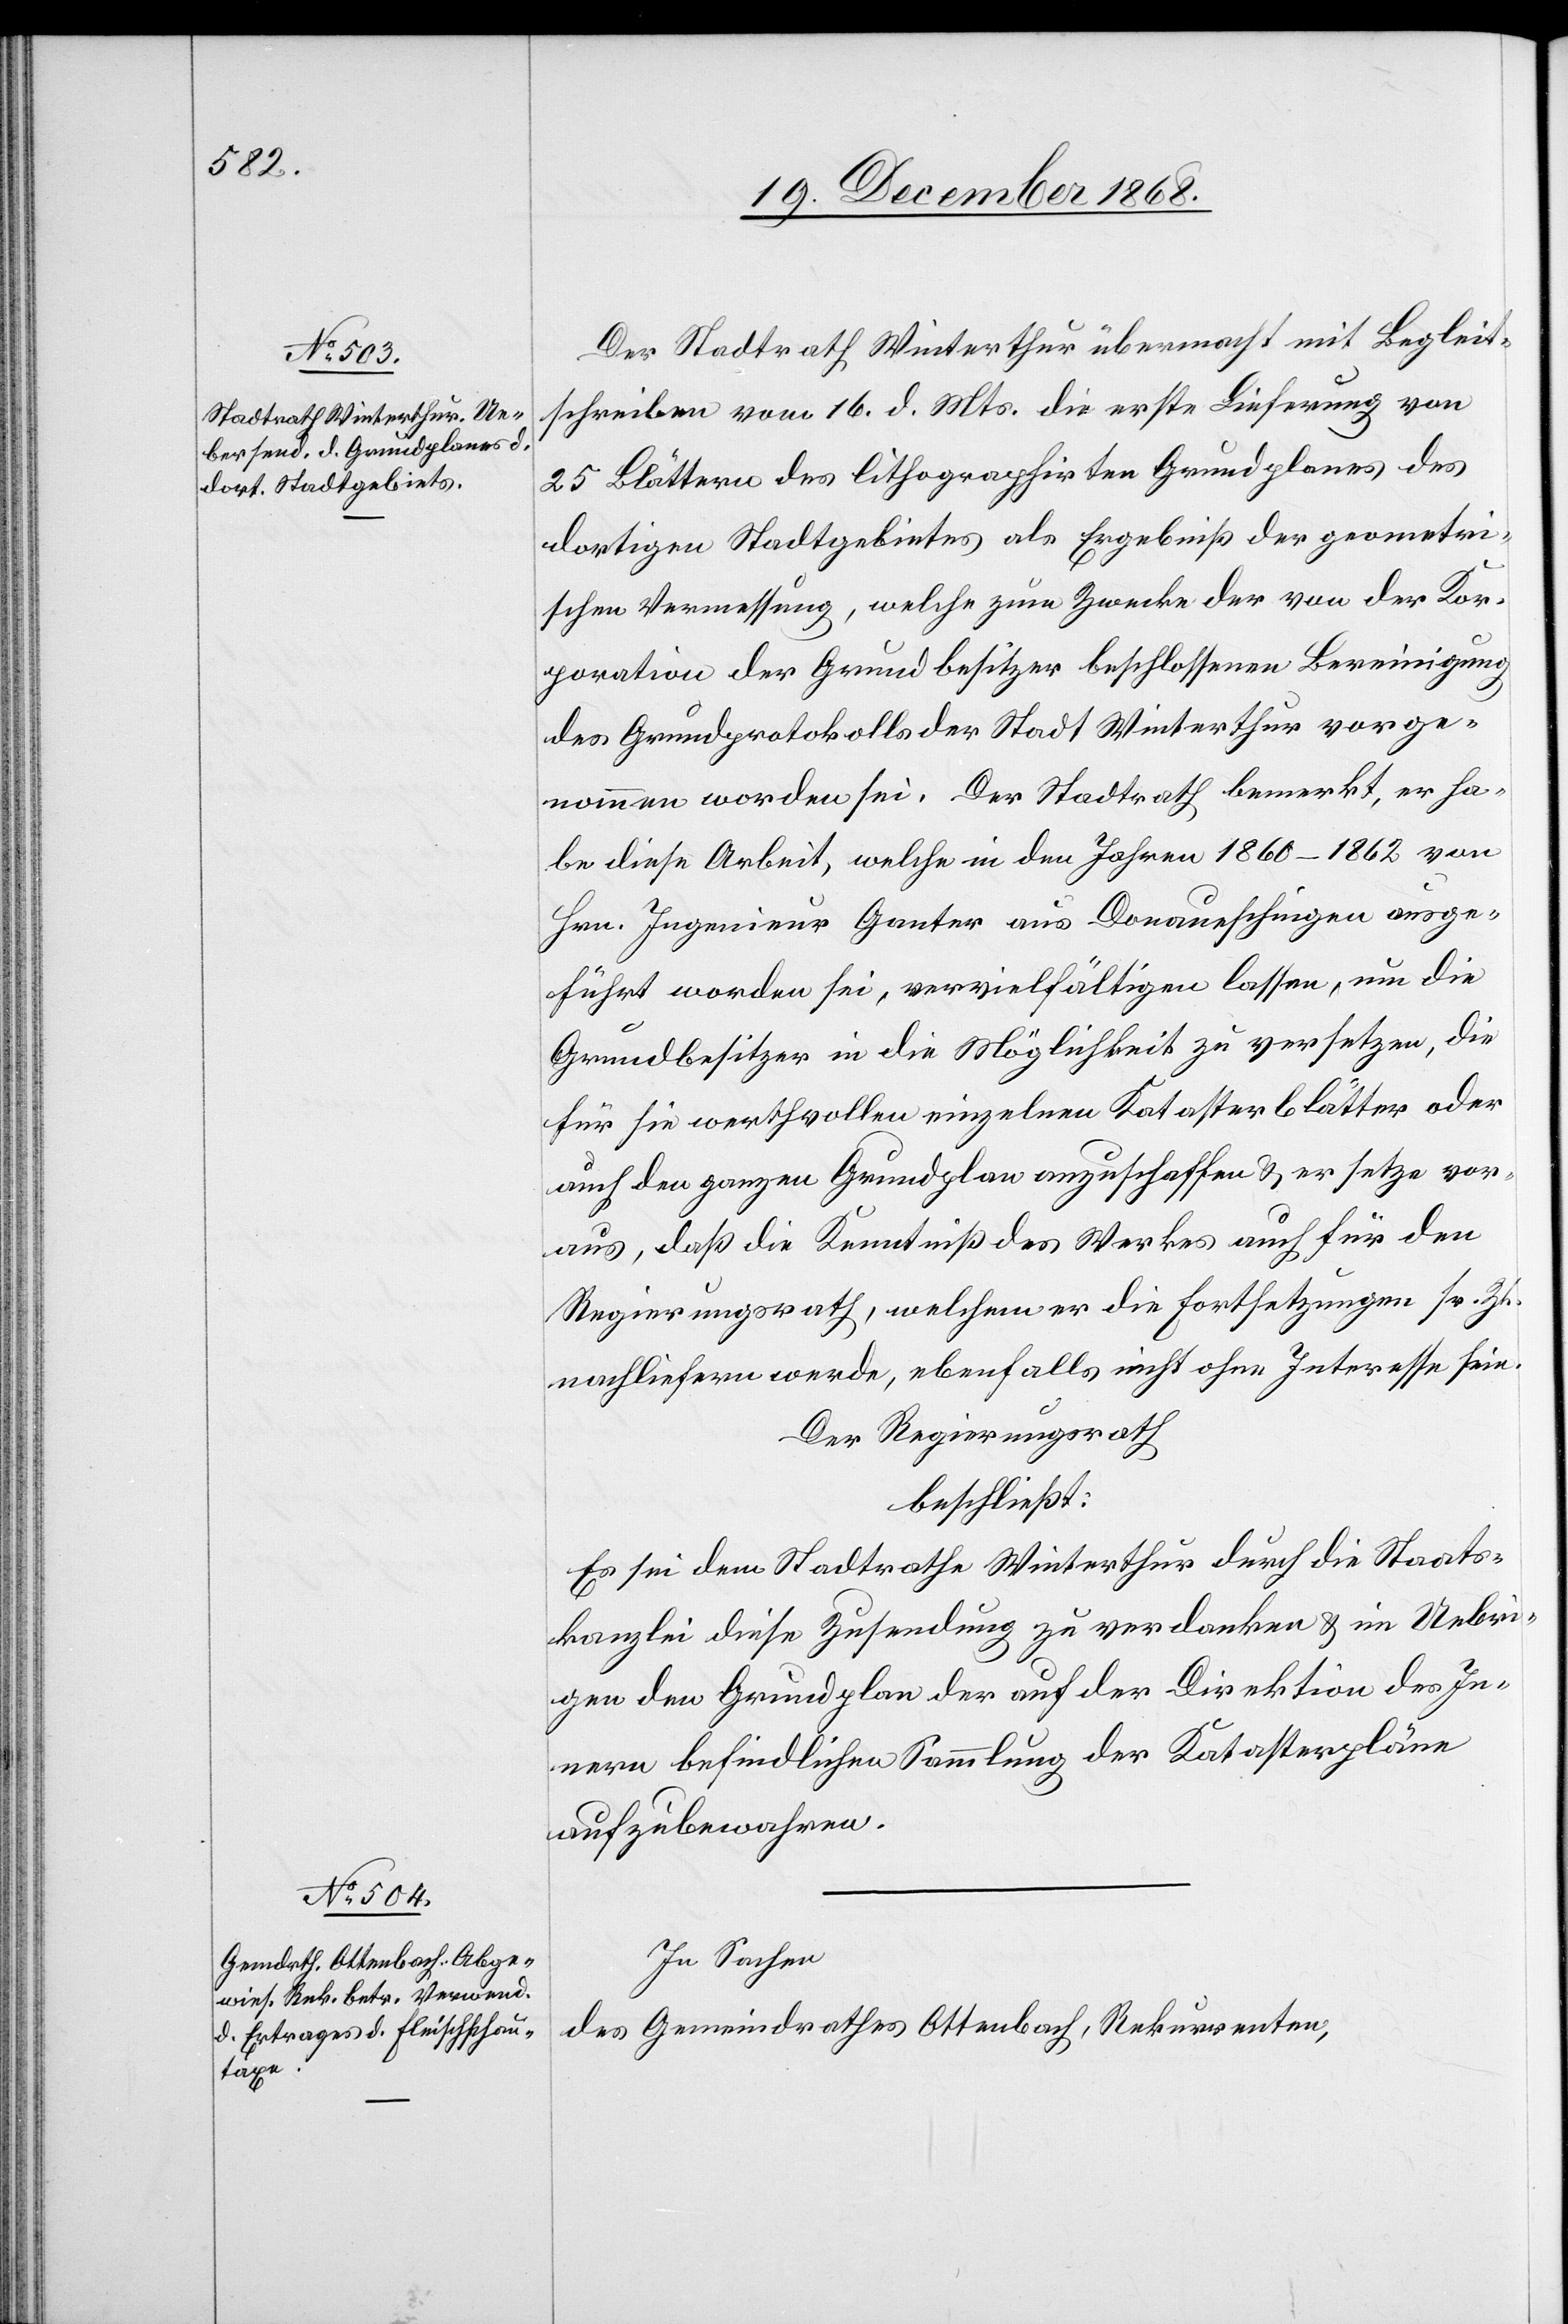
Der Stadtrath Winterthur übermacht mit Begleit¬
schreiben vom 16. d. Mts. die erste Lieferung von
25 Blättern des lithographirten Grundplanes des
dortigen Stadtgebietes als Ergebniß der geometri¬
schen Vermessung, welche zum Zwecke der von der Kor¬
poration der Grundbesitzer beschlossenen Bereinigung
des Grundprotokolls der Stadt Winterthur vorge¬
nommen worden sei. Der Stadtrath bemerkt, er ha¬
be diese Arbeit, welche in den Jahren 1860–1862 von
Hrn. Ingenieur Ganter aus Donaueschingen ausge¬
führt worden sei, vervielfältigen lassen, um die
Grundbesitzer in die Möglichkeit zu versetzen, die
für sie werthvollen einzelnen Katasterblätter oder
auch den ganzen Grundplan anzuschaffen & er setze vor¬
aus, daß die Kenntniß des Werkes auch für den
Regierungsrath, welchem er die Fortsetzungen sr. Zt.
nachliefern werde, ebenfalls nicht ohne Interesse seie.
Der Regierungsrath
beschließt:
Es sei dem Stadtrathe Winterthur durch die Staats¬
kanzlei diese Zusendung zu verdanken & im Uebri¬
gen den Grundplan der auf der Direktion des In¬
nern befindlichen Sammlung der Katasterpläne
aufzubewahren.
In Sachen
des Gemeindrathes Ottenbach, Rekurrenten,